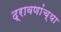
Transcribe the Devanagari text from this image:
द्रावणांच्या